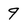
Character: 9